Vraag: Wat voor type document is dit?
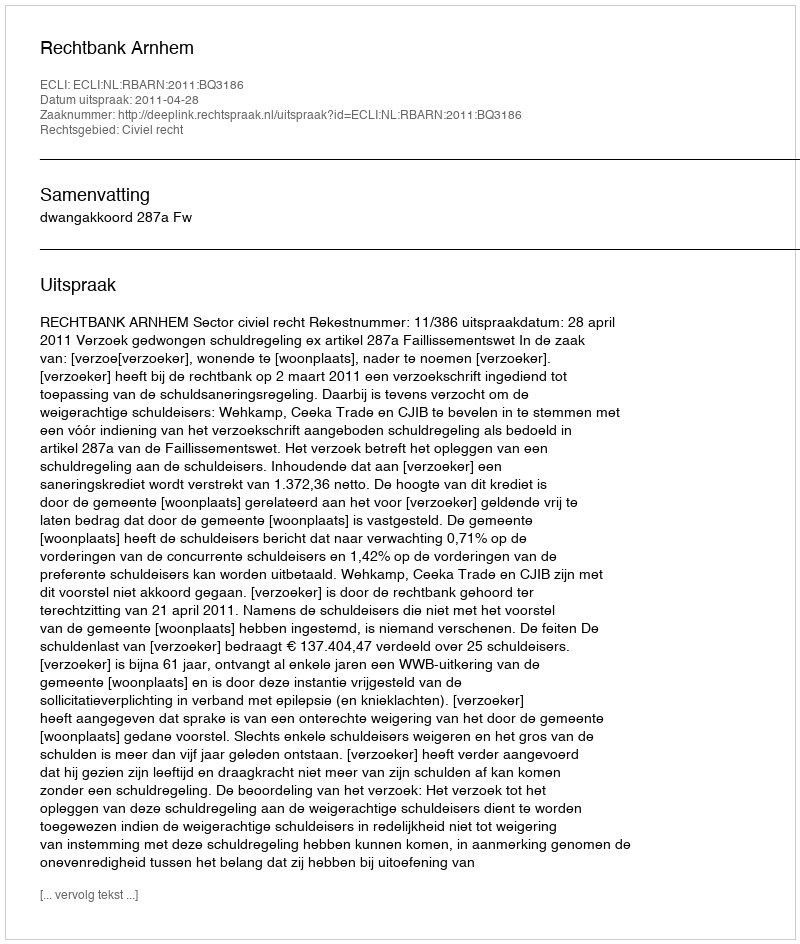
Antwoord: Uitspraak